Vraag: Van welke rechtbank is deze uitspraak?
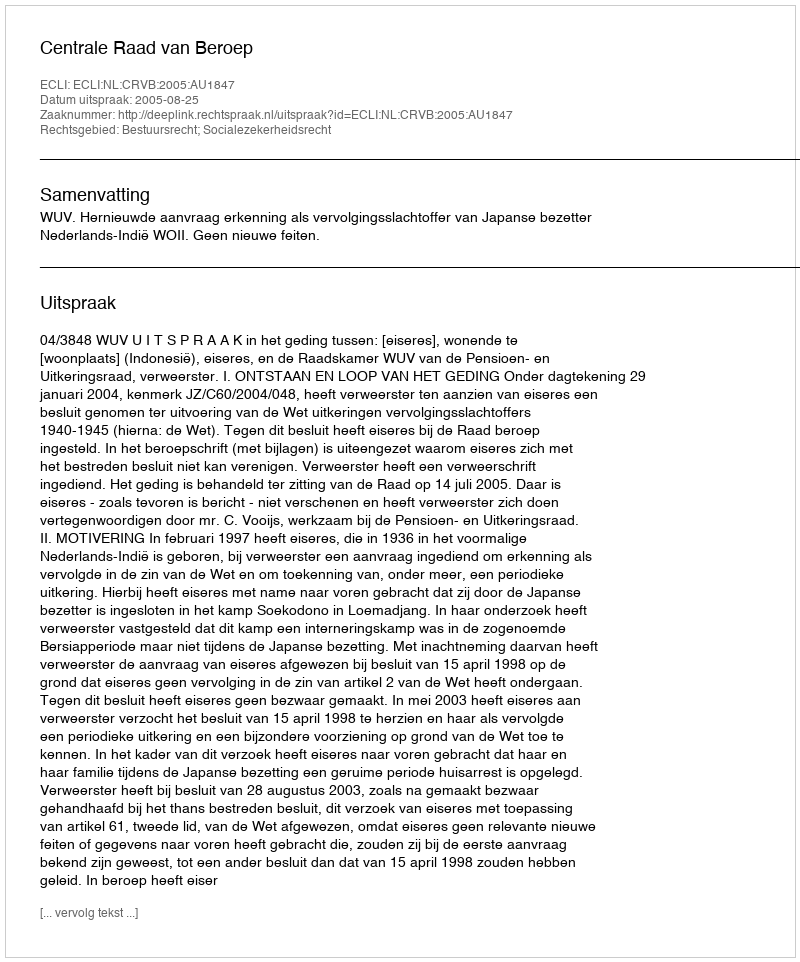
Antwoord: Centrale Raad van Beroep